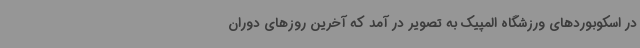
در اسکوبوردهای ورزشگاه المپیک به تصویر در آمد که آخرین روزهای دوران